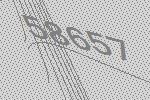
58657